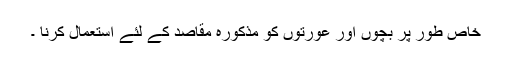
خاص طور پر بچوں اور عورتوں کو مذکورہ مقاصد کے لئے استعمال کرنا ۔